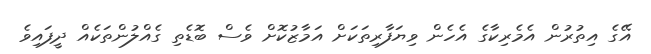
އޭގެ އިތުރުން އެމެރިކާގެ އެހެން ވިޔަފާރިތަކަށް އަމާޒުކޮށް ވެސް ބޮޑެތި ގެއްލުންތަކެއް ދީފައިވެ